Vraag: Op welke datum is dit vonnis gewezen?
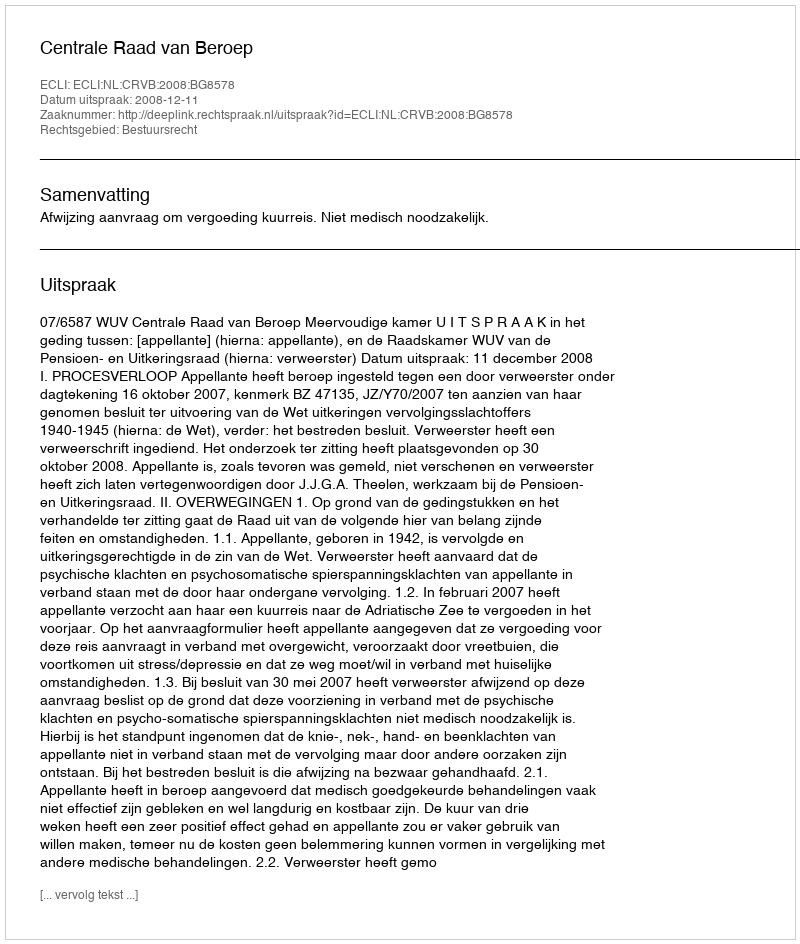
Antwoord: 2008-12-11